Report on the lunatic asylums under the Government of Bombay - 1904-1913
Year: 1904
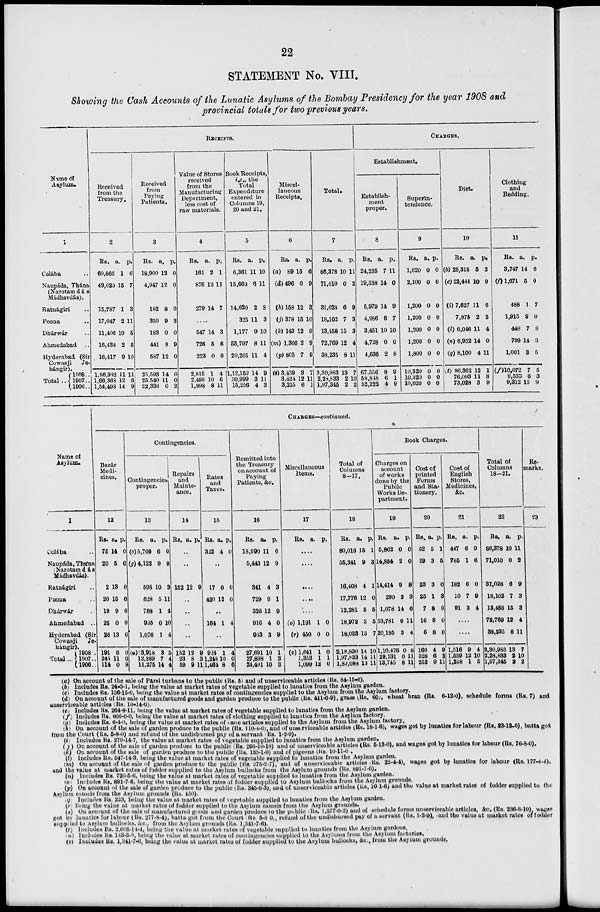
22
STATEMENT No. VIII.
Showing the Cash Accounts of the Lunatic Asylums of the Bombay Presidency for the year 1908 and
provincial totals for two previous years.
Name of
Asylum.
1
Colába ..
Naupáda, Thána
(Narotamdás
Mádhavdás).
Ratnágiri ..
Poona ..
Dhárwár ..
Ahmedabad ..
Hyderabad (Sir
Cowasji
Je-
hángir).
Total ..
1908 ..
1907..
(1900..
RECEIPTS.
Received
from the
Treasury.
2
Rs.
60,865
49,020
15,787
17,047
11,406
16,433
18,417
1,86,982
1,66,363
1,54,498
a.
1
15
1
2
10
2
9
11
12
14
p.
6
7
3
11
5
5
10
11
6
9
Received
from
Paying
Patients.
3
Rs.
18,900
4,947
182
350
183
441
587
25,593
25,540
22,336
a.
12
12
8
9
0
8
12
14
11
0
p.
0
0
0
3
0
9
0
0
0
2
Value of Stores
received
from the
Manufacturing
Department,
less cost of
raw materials.
4
Rs.
161
876
279
a.
2
12
14
p.
1
11
7
....
547
726
223
2,815
2,499
1,998
14
5
0
1
10
8
3
6
0
4
6
11
Book Receipts,
i.e., the
Total
Expenditure
entered in
Columns 19,
20 and 21.
5
Rs.
6,361
15,663
14,620
325
1,177
53,797
20,201
1,12,152
30,999
15,256
a.
11
6
2
11
9
8
11
14
3
4
p.
10
11
8
3
10
11
4
9
11
3
Miscel-
laneous
Receipts.
6
Rs.
(a) 89
(d) 496
(h) 158
(j) 378
(k) 143
(m) 1,366
(p) 805
(g) 3,439
3,424
3,255
a.
15
0
12
15
12
2
7
3
12
6
p.
6
9
3
10
9
9
9
7
11
1
Total.
7
Rs.
86,378
71,010
31,028
18,102
13,458
72,769
38,235
3,30,983
2,28,833
1,97,345
a.
10
0
6
7
15
12
8
13
2
2
p.
11
2
9
3
3
4
11
7
10
2
CHARGES.
Establishment.
Establish-
ment
proper.
8
Rs.
24,235
19,538
5,979
4,986
3,451
4,728
4,636
67,556
58,848
52,222
a.
7
14
14
6
10
0
2
8
6
4
p.
11
0
9
7
10
0
8
9
1
9
Superin-
tendence.
9
Rs.
1,620
2,100
1,200
1,200
1,200
1,200
1,800
10,320
10,320
10,020
a.
0
0
0
0
0
0
0
0
0
0
p.
0
0
0
0
0
0
0
0
0
0
Diet.
10
Rs.
(b) 26,315
(e) 22,444
(i) 7,627
7,875
(l) 6,046
(n) 6,952
(q) 8,100
(t) 86,362
76,093
73,028
a.
6
10
11
2
11
14
4
12
11
3
p.
2
9
6
6
4
0
11
1
8
9
Clothing
and
Bedding.
11
Rs.
3,747
(f) 1,671
488
1,915
448
799
1,001
(f)10,072
9,533
9,312
a.
14
6
1
9
7
14
3
7
6
13
p.
6
0
7
0
8
3
5
5
3
9
Name of
Asylum.
1
Colába ..
Naupáda, Thána
Narotamdás
Mádhavdás).
Ratnágiri ..
Poona ..
Dhárwár ..
Ahmedabad
..
Hyderabad (Sir
Cowasji
Je-
hángir).
Total...
1908 ..
1907 ..
1906 ..
CHARGES—continued.
Bazár
Medi-
cines.
12
Rs.
75
20
2
20
19
25
26
191
245
114
a.
14
5
13
15
9
0
13
6
11
0
p.
0
0
0
0
6
0
6
0
0
8
Contingencies.
Contingencies
proper.
13
Rs.
(c) 5,709
(g) 4,122
598
628
788
995
1,076
(a) 13,918
12,269
11,275
a.
6
9
10
5
1
0
1
3
7
14
p.
0
9
3
11
4
10
4
5
4
4
Repairs
and
Mainte-
ance.
14s
Rs. a. p.
..
..
152 12 9
..
..
..
..
152
23
69
12
8
9
9
3
11
Rates
and
Taxes.
15
Rs.
322
a.
4
p.
0
..
17
420
0
12
0
0
..
164 1 4
..
924
1,248
1,464
1
10
8
4
0
6
Remitted into
the Treasury
on account of
Paying
Patients, &c.
16
Rs.
18,990
5,443
341
729
326
916
943
27,691
27,898
24,491
a.
11
12
4
9
12
4
3
10
1
10
p.
6
9
3
1
9
0
9
1
3
3
Miscellaneous
Items.
17
Rs.
a. p.
....
....
....
....
....
(o) 1,191
(r) 450
(v) 1,641
1,353
1,099
1
0
1
1
12
0
0
0
1
0
Total of
Columns
8-17.
18
Rs.
80,016
55,341
16,408
17,776
12,281
18,972
18,033
2,18,830
1,97,833
1,84,088
a.
15
9
4
12
5
3
13
14
14
13
p.
1
3
1
0
5
5
7
10
11
11
Book Charges.
Charges on
account
of works
done by the
Public
Works De-
partment.
19
Rs.
5,862
14,854
14,414
290
1,078
53,781
20,195
1,10,478
29,131
13,745
a.
0
2
9
2
14
0
3
0
0
8
p.
0
0
8
3
6
11
4
8
11
11
Cost of
printed
Forms
and Sta-
tionery.
20
Rs.
62
29
23
26
7
16
6
160
328
252
a.
5
3
3
1
8
8
8
4
6
9
p.
1
6
0
3
0
0
0
9
2
11
Cost of
English
Stores,
Medicines,
&c.
21
Rs.
447
785
182
10
91
a.
6
1
6
7
3
p.
9
6
0
9
4
....
....
1,516
1,539
1,258
9
12
1
4
10
5
Total of
Columns
18-21.
22
Rs.
86,378
71,010
31,028
18,102
13,458
72,769
38,235
3,30,983
2,28,833
1,97,345
a.
10
0
6
7
15
12
8
13
2
2
p.
11
2
9
3
3
4
11
7
10
2
Re-
marks.
23
(a) On account of the sale of Parsi turbans to the public (Rs. 5) and of unserviceable articles (Rs. 84-15-6).
(b) Includes Rs. 24-3-1, being the value at market rates of vegetable supplied to lunatics from the Asylum garden.
(c) Includes Rs. 136-15-0, being the value at market rates of contingencies supplied to the Asylum from the Asylum factory.
(d) On account of the sale of manufactured goods and garden produce to the public (Rs. 411-6-9), grass (Rs. 60;, wheat bran (Rs. 6-12-0), schedule forms (Rs. 7) and
unserviceable articles (Rs. 10-14-0).
(e) Includes Rs. 264-8-11, being the value at market rates of vegetable supplied to lunatics from the Asylum garden.
(f) Includes Rs. 606-0-0, being the value at market rates of clothing supplied to lunatics from the Asylum factory.
(g) Includes Rs. 6-4-0, being the value at market rates of cane articles supplied to the Asylum from the Asylum factory.
(h) On account of the sale of garden produce to the public (Rs. 110-4-0), and of unserviceable articles (Rs. 18-1-6), wages got by lunatics for labour (Rs. 23-12-0), batta got
from the Court (Rs. 5-8-0) and refund of the undisbursed pay of a servant Rs. 1-2-9).
(i) Includes Rs. 279-14-7, the value at market rates of vegetable supplied to lunatics from the Asylum garden.
(j) On account of the sale of garden produce to the public (Rs. 296-10-10) and of unserviceable articles (Rs. 5-13-0), and wages got by lunatics for labour (Rs. 76-8-0).
(k) On account of the sale of garden produce to the public (Rs. 133-1-9) and of pigeons (Rs. 10-11-0)
(l) Includes Rs. 547-14-3, being the value at market rates of vegetable supplied to lunatics from the Asylum garden.
(m) On account of the sale of garden produce to the public (Rs. 275-2-7), and of unserviceable articles (Rs. 22-4-4), wages got by lunatics for labour (Rs. 177-4-4),
and the value at market rates of fodder supplied to the Asylum bullocks from the Asylum grounds (Rs. 891-7-6).
(n) Includes Rs. 726-5-6, being the value at market rates of vegetable supplied to lunatics from the Asylum garden.
(o) Includes Rs. 891-7 6, being the value at market rates of fodder supplied to Asylum bullocks from the Asylum grounds.
(p) On account of the sale of garden produce to the public (Rs. 345-6-3), and of unserviceable articles (Rs. 10-1-6) and the value at market rates of fodder supplied to the
Asylum camels from the Asylum grounds (Rs. 450).
(q) Includes Rs. 223, being the value at market rates of vegetable supplied to lunatics from the Asylum garden.
(r) Being the value at market rates of fodder supplied to the Asylum camels from the Asylum grounds.
(s) On account of the sale of manufactured goods and garden produce to the public (Rs. 1,577-0-2) and of schedule forms unserviceable articles, &c. (Rs. 236-8-10), wages
got by lunatics for labour (Rs. 277-8-4), batta got from the Court Rs. 5-8-0, refund of the undisbursed pay of a servant (Rs. 1-2-9), and the value at market rates of fodder
supplied to Asylum bullocks, &c., from the Asylum grounds (Rs. 1,341-7-6).
(t) Includes Rs. 2,065-14-1, being the value at market rates of vegetable supplied to lunatics from the Asylum gardens.
(u) Includes Rs. 143-3-0, being the value at market, rates of contingencies supplied to the Asylums from the Asylum factories,
(v) Includes Rs. 1,341-7-6, being the value at market rates of fodder supplied to the Asylum bullocks, &c., from the Asylum grounds.